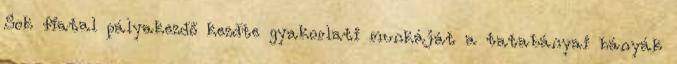
Sok fiatal pályakezdő kezdte gyakorlati munkáját a tatabányai bányák